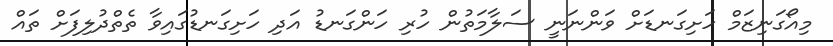
މިއޯގަނިޒަމް ހަށިގަނޑަށް ވަންނަނީ ސަލާމަތުން ހުރި ހަންގަނޑު އަދި ހަށިގަނޑުގައިވާ ތެތްދުލިފަށް ތައް